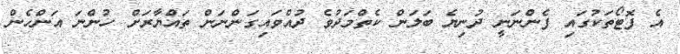
އެ ފޮޓޯތަކުގައި ފެންނަނީ ދުނިޔެ ބަލަން ކެތްމަދުވެ ދުއްވައިގަންނަން ތައްޔާރަށް ހުންނަ އަންހެން